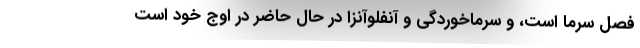
فصل سرما است، و سرماخوردگی و آنفلوآنزا در حال حاضر در اوج خود است